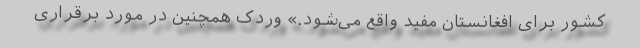
کشور برای افغانستان مفید واقع می‌شود.» وردک همچنین در مورد برقراری